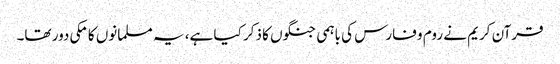
قرآن کریم نے روم و فارس کی باہمی جنگوں کا ذکر کیا ہے، یہ مسلمانوں کا مکی دور تھا۔